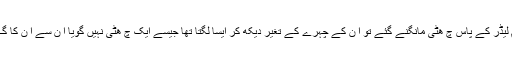
جب بھی اپنے ٹیم لیڈر کے پاس چ ھٹی مانگنے گئے تو ا ن کے چہرے کے تغّیر دیکھ کر ایسا لگتا تھا جیسے ایک چ ھٹی نہیں گویا ا ن سے ا ن کا گ ردہ مانگ لیا ہو۔